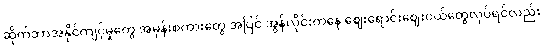
ဆိုက်ဘာအနိုင်ကျင့်မှုတွေ အမုန်းစကားတွေ အပြင် အွန်လိုင်းကနေ ဈေးရောင်းဈေးဝယ်တွေလုပ်ရင်လည်း